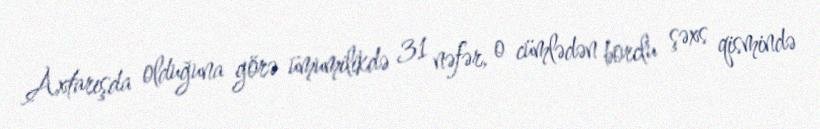
Axtarışda olduğuna görə ümumilikdə 31 nəfər, o cümlədən borclu şəxs qismində